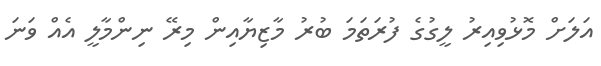
އަލަށް މޮޅުވިއިރު ލީގުގެ ފުރަތަމަ ބުރު މާޒިޔާއިން މިރޭ ނިންމާލީ އެއް ވަނަ